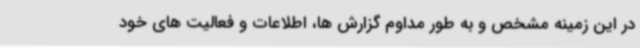
در این زمینه مشخص و به طور مداوم گزارش ها، اطلاعات و فعالیت های خود